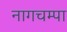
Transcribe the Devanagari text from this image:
नागचम्पा